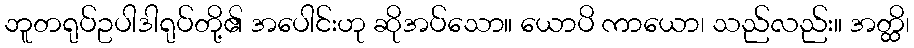
ဘူတရုပ်ဥပါဒါရုပ်တို့၏ အပေါင်းဟု ဆိုအပ်သော။ ယောပိ ကာယော၊ သည်လည်း။ အတ္ထိ၊